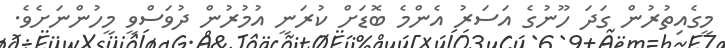
މީގެއިތުރުން ގަދަ ހޫނުގެ އަސަރު އެންމެ ބޮޑަށް ކުރަނީ އުމުރުން ދުވަސްވީ މީހުންނަށެވެ.